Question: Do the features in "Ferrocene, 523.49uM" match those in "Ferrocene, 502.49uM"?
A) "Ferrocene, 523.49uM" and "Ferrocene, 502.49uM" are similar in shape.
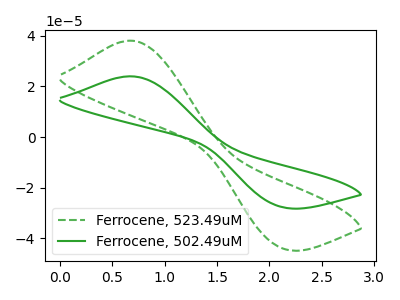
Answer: <think>The green dashed curve "Ferrocene, 523.49uM" has an anodic peak at (0.65V, 37.95uA) and a cathodic peak at (2.10V, -43.80uA). The green curve "Ferrocene, 502.49uM" has an anodic peak at (0.65V, 23.90uA) and a cathodic peak at (2.10V, -27.60uA).
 All the peaks in "Ferrocene, 523.49uM" have a peak in "Ferrocene, 502.49uM" at the same potential. Every peak in "Ferrocene, 523.49uM" is higher than every peak in "Ferrocene, 502.49uM".</think>
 <answer>A) "Ferrocene, 523.49uM" and "Ferrocene, 502.49uM" are similar in shape.</answer>
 <eval>A</eval>